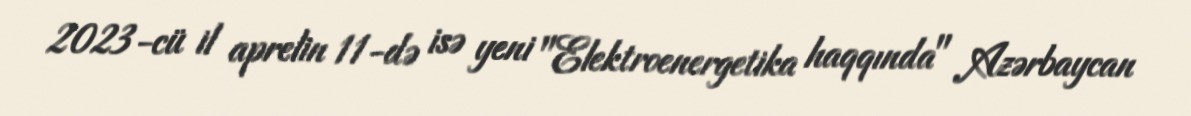
2023-cü il aprelin 11-də isə yeni "Elektroenergetika haqqında" Azərbaycan